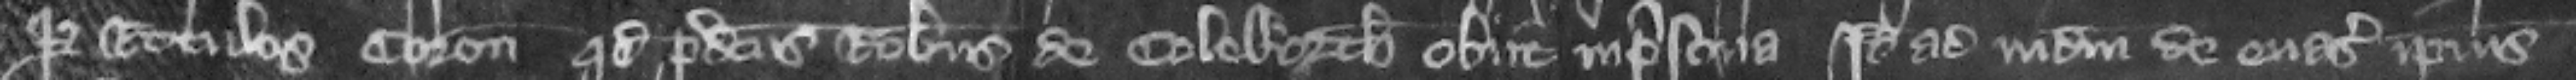
per rotulos coronatorum quod predictus Robertus de Coleworth obiit in prisona Ideo ad iudicium de euasione ipsius